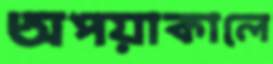
অপয়াকালে